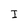
Character: I